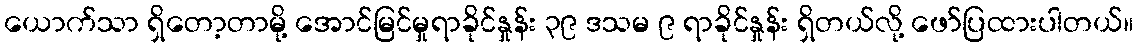
ယောက်သာ ရှိတော့တာမို့ အောင်မြင်မှုရာခိုင်နှုန်း ၃၉ ဒသမ ၉ ရာခိုင်နှုန်း ရှိတယ်လို့ ဖော်ပြထားပါတယ်။